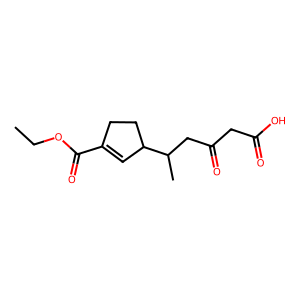
SMILES: CCOC(=O)C1=CC(C(C)CC(=O)CC(=O)O)CC1
Inhibits HIV replication: Yes